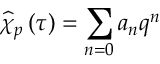
\widehat { \chi } _ { p } \left( \tau \right) = \sum _ { n = 0 } a _ { n } q ^ { n }